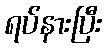
ရပ်နားပြီး